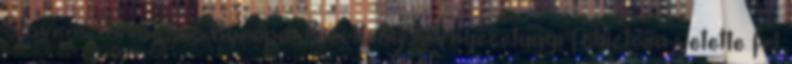
Stavros Dimas, az Európai Bizottság környezetügyi főbiztosa vetette fel